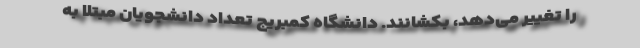
را تغییر می‌دهد، بکشانند. دانشگاه کمبریج تعداد دانشجویان مبتلا به